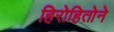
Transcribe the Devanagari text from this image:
हिरोहितोने